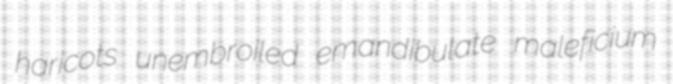
haricots unembroiled emandibulate maleficium